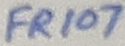
Text: FR107